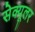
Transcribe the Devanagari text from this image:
सेक्यूलर